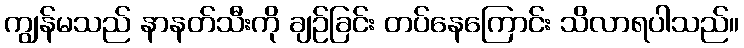
ကျွန်မသည် နာနတ်သီးကို ချဉ်ခြင်း တပ်နေကြောင်း သိလာရပါသည်။